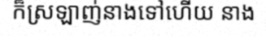
ក៏ស្រឡាញ់នាងទៅហើយ នាង